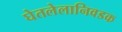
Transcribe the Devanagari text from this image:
घेतलेलानिवडक